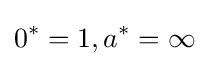
0^{*}=1,a^{*}=\infty